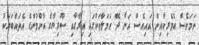
ނަމަވެސް އެމެރިކާއިން އައިއެސް އަށް ދޭ ހަމަލާތަކުގައި އިރާގާއި ސޫރިޔާގެ އާންމުންގެ އެތައްބަޔަކު